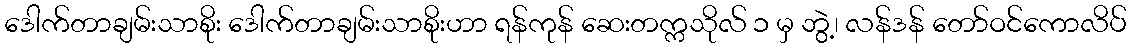
ဒေါက်တာချမ်းသာစိုး ဒေါက်တာချမ်းသာစိုးဟာ ရန်ကုန် ဆေးတက္ကသိုလ် ၁ မှ ဘွဲ့၊ လန်ဒန် တော်ဝင်ကောလိပ်